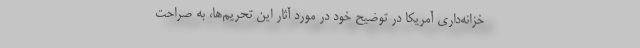
خزانه‌داری آمریکا در توضیح خود در مورد آثار این تحریم‌ها، به صراحت